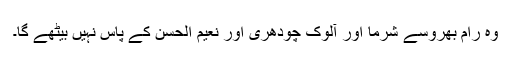
وہ رام بھروسے شرما اور آلوک چودھری اور نعیم الحسن کے پاس نہیں بیٹھے گا۔